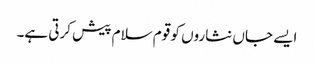
ایسے جاں نثاروں کو قوم سلام پیش کرتی ہے۔